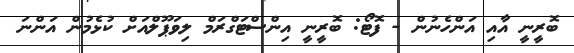
ބޮރީނީ އާއި އަންހެނުން - ފޮޓޯ: ބޮރީނީ އިންސްޓަގްރަމް ލިވަޕޫލްއަށް ކުޅެމުން އަންނަ